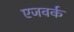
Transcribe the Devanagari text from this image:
एजवर्क